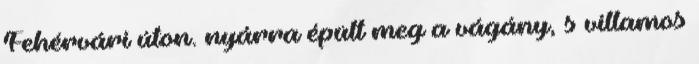
Fehérvári úton. nyárra épült meg a vágány, s villamos